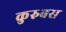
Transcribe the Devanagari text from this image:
कुरुबस